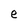
Character: e